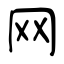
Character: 网